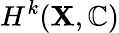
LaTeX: H^{k}(\mathbf{X},\mathbb{{C}})